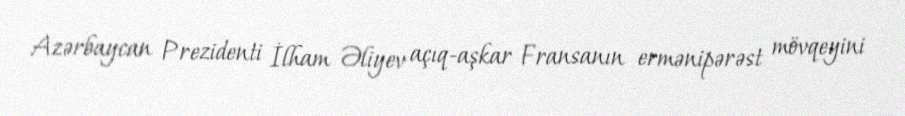
Azərbaycan Prezidenti İlham Əliyev açıq-aşkar Fransanın ermənipərəst mövqeyini